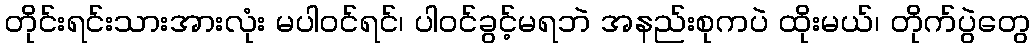
တိုင်းရင်းသားအားလုံး မပါဝင်ရင်၊ ပါဝင်ခွင့်မရဘဲ အနည်းစုကပဲ ထိုးမယ်၊ တိုက်ပွဲတွေ